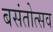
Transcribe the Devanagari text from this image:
बसंतोत्सव